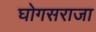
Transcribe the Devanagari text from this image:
घोगसराजा